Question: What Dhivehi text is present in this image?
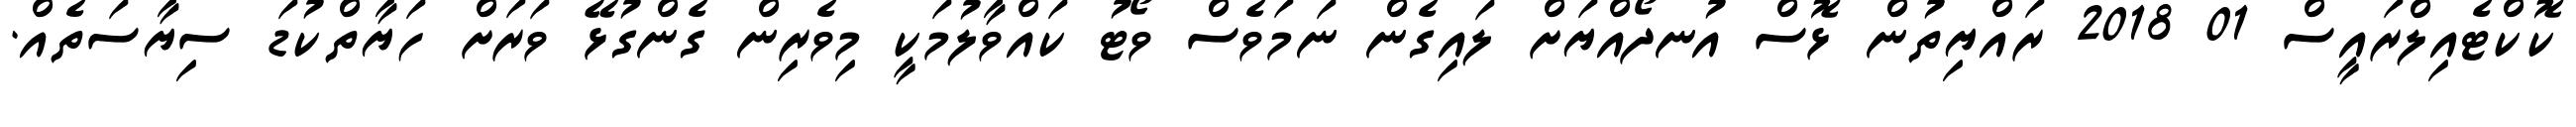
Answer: ކޮކްޓެއިލްރައީސް 01 2018 ރައްޔިތުން ޅޮސް އުނދޯއްޔަށް ލައިގެން ނަމަވެސް ވޯޓު ކައްވާލުމަކީ މިވެރިން ގެންގުޅޭ ވަރަށް ހަޔާތްކުޑަ ސިޔާސަތެއް.